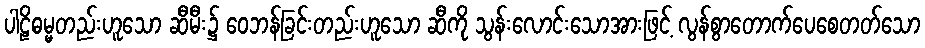
ပါဠိဓမ္မတည်းဟူသော ဆီမီး၌ ဝေဘန်ခြင်းတည်းဟူသော ဆီကို သွန်းလောင်းသောအားဖြင့် လွန်စွာတောက်ပေစေတတ်သော